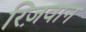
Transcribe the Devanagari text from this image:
रिज़वान